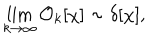
LaTeX: \lim _ { k \to \infty } { \mathcal O } _ { k } [ \chi ] \sim \delta [ \chi ] ,